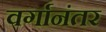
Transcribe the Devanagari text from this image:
वर्गानंतर